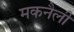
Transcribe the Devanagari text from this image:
मकनैली